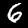
Label: 6